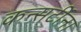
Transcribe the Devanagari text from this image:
कन्सर्टीना